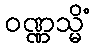
ဝဏ္ဏသ္မိံ